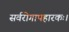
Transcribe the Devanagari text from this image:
सर्वरोगापहारकः।